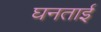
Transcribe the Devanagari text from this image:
घनताई